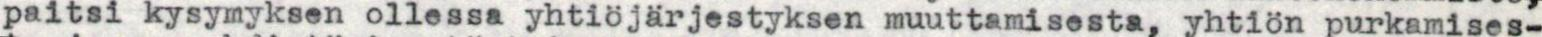
paitsi kysymyksen ollessa yhtiöjärjestyksen muuttamisesta, yhtiön purkamises-